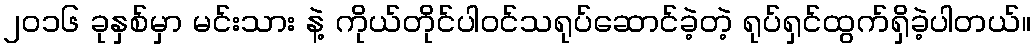
၂၀၁၆ ခုနှစ်မှာ မင်းသား နဲ့ ကိုယ်တိုင်ပါဝင်သရုပ်ဆောင်ခဲ့တဲ့ ရုပ်ရှင်ထွက်ရှိခဲ့ပါတယ်။